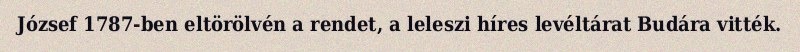
József 1787-ben eltörölvén a rendet, a leleszi híres levéltárat Budára vitték.